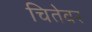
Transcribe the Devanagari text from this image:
चितेवर